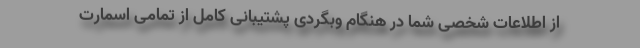
از اطلاعات شخصی شما در هنگام وبگردی پشتیبانی کامل از تمامی اسمارت